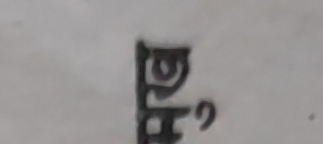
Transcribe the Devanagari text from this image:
ङ्झ२